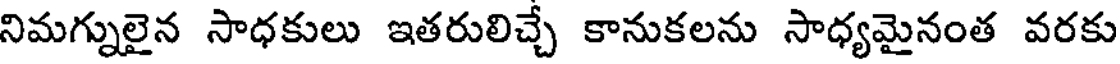
నిమగ్నులైన సాధకులు ఇతరులిచ్చే కానుకలను సాధ్యమైనంత వరకు